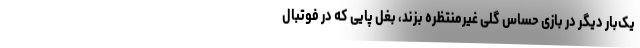
یک‌بار دیگر در بازی حساس گلی غیرمنتظره بزند، بغل پایی که در فوتبال